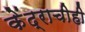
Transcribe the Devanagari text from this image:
केंद्राचीही